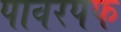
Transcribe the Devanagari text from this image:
पावरपफ